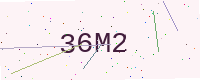
Text: 36M2